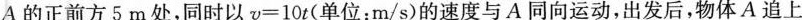
A的正前方5m处，同时以$$v = 1 0 t$$(单位：m/s)的速度与A同向运动，出发后，物体A追上